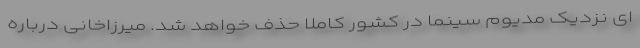
ای نزدیک مدیوم سینما در کشور کاملا حذف خواهد شد. میرزاخانی درباره